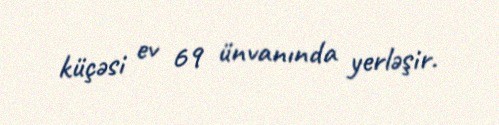
küçəsi ev 69 ünvanında yerləşir.